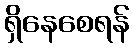
ရှိနေစေရန်